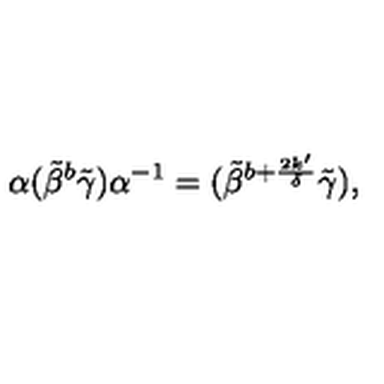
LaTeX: \alpha ( \tilde { \beta } ^ { b } \tilde { \gamma } ) \alpha ^ { - 1 } = ( \tilde { \beta } ^ { b + \frac { 2 k ^ { \prime } } { \delta } } \tilde { \gamma } ) ,